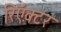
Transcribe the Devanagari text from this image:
रिऍक्टर